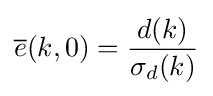
{\overline {e}}(k,0)={\frac {d(k)}{\sigma _{d}(k)}}\,\!